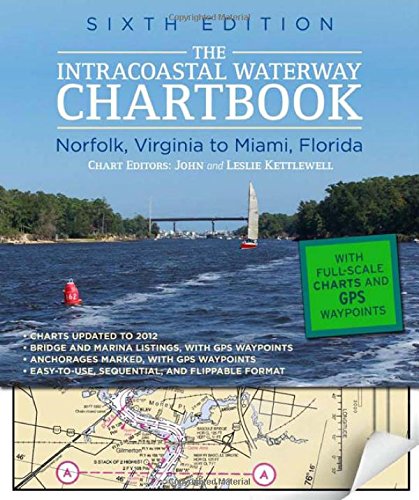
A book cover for Intracoastal Waterway Chartbook Norfolk to Miami, 6th Edition (Intracoastal Waterway Chartbook: Norfolk, Virginia to Miami, Florida); John Kettlewell; Sports & Outdoors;